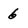
Character: 6